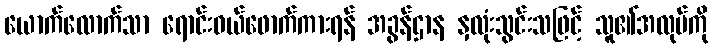
ယောက်လောက်သာ ရောင်းဝယ်ဖောက်ကားရန် အခွန်ဌာန နှလုံးသွင်းသဖြင့် သူ၏အလုပ်ကို